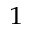
_ { 1 }